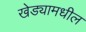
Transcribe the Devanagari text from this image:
खेड्यामधील